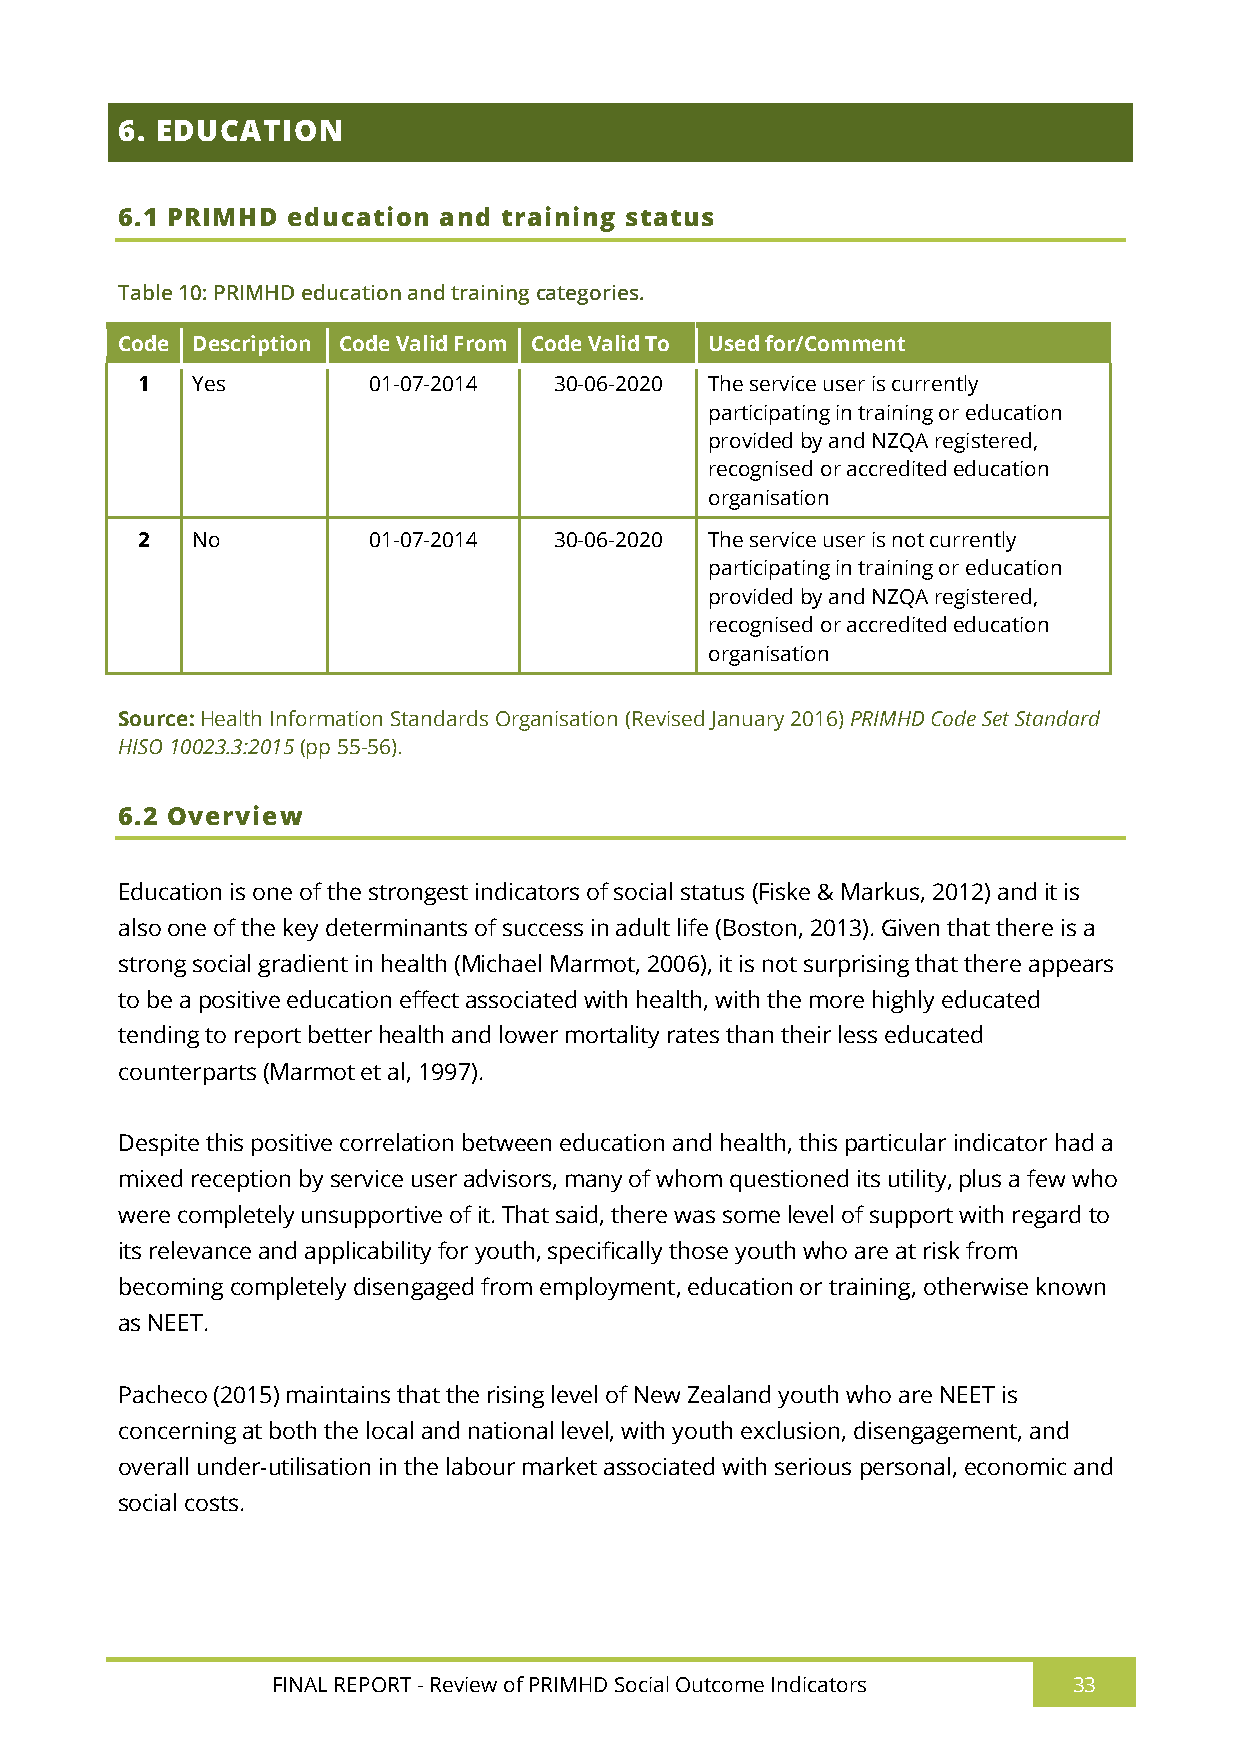
6. EDUCATION
 6.1 PRIMHD education and training status
 Table 10: PRIMHD education and training categories.
 Code Description Code Valid From Code Valid To Used for/Comment
 1   Yes        01-07-2014   30-06-2020 The service user is currently
 participating in training or education
 provided by and NZQA registered,
 recognised or accredited education
 organisation
 2   No         01-07-2014   30-06-2020 The service user is not currently
 participating in training or education
 provided by and NZQA registered,
 recognised or accredited education
 organisation
 Source: Health Information Standards Organisation (Revised January 2016) PRIMHD Code Set Standard
 HISO 10023.3:2015 (pp 55-56).
 6.2 Overview
 Education is one of the strongest indicators of social status (Fiske & Markus, 2012) and it is
 also one of the key determinants of success in adult life (Boston, 2013). Given that there is a
 strong social gradient in health (Michael Marmot, 2006), it is not surprising that there appears
 to be a positive education effect associated with health, with the more highly educated
 tending to report better health and lower mortality rates than their less educated
 counterparts (Marmot et al, 1997).
 Despite this positive correlation between education and health, this particular indicator had a
 mixed reception by service user advisors, many of whom questioned its utility, plus a few who
 were completely unsupportive of it. That said, there was some level of support with regard to
 its relevance and applicability for youth, specifically those youth who are at risk from
 becoming completely disengaged from employment, education or training, otherwise known
 as NEET.
 Pacheco (2015) maintains that the rising level of New Zealand youth who are NEET is
 concerning at both the local and national level, with youth exclusion, disengagement, and
 overall under-utilisation in the labour market associated with serious personal, economic and
 social costs.
 FINAL REPORT - Review of PRIMHD Social Outcome Indicators 33